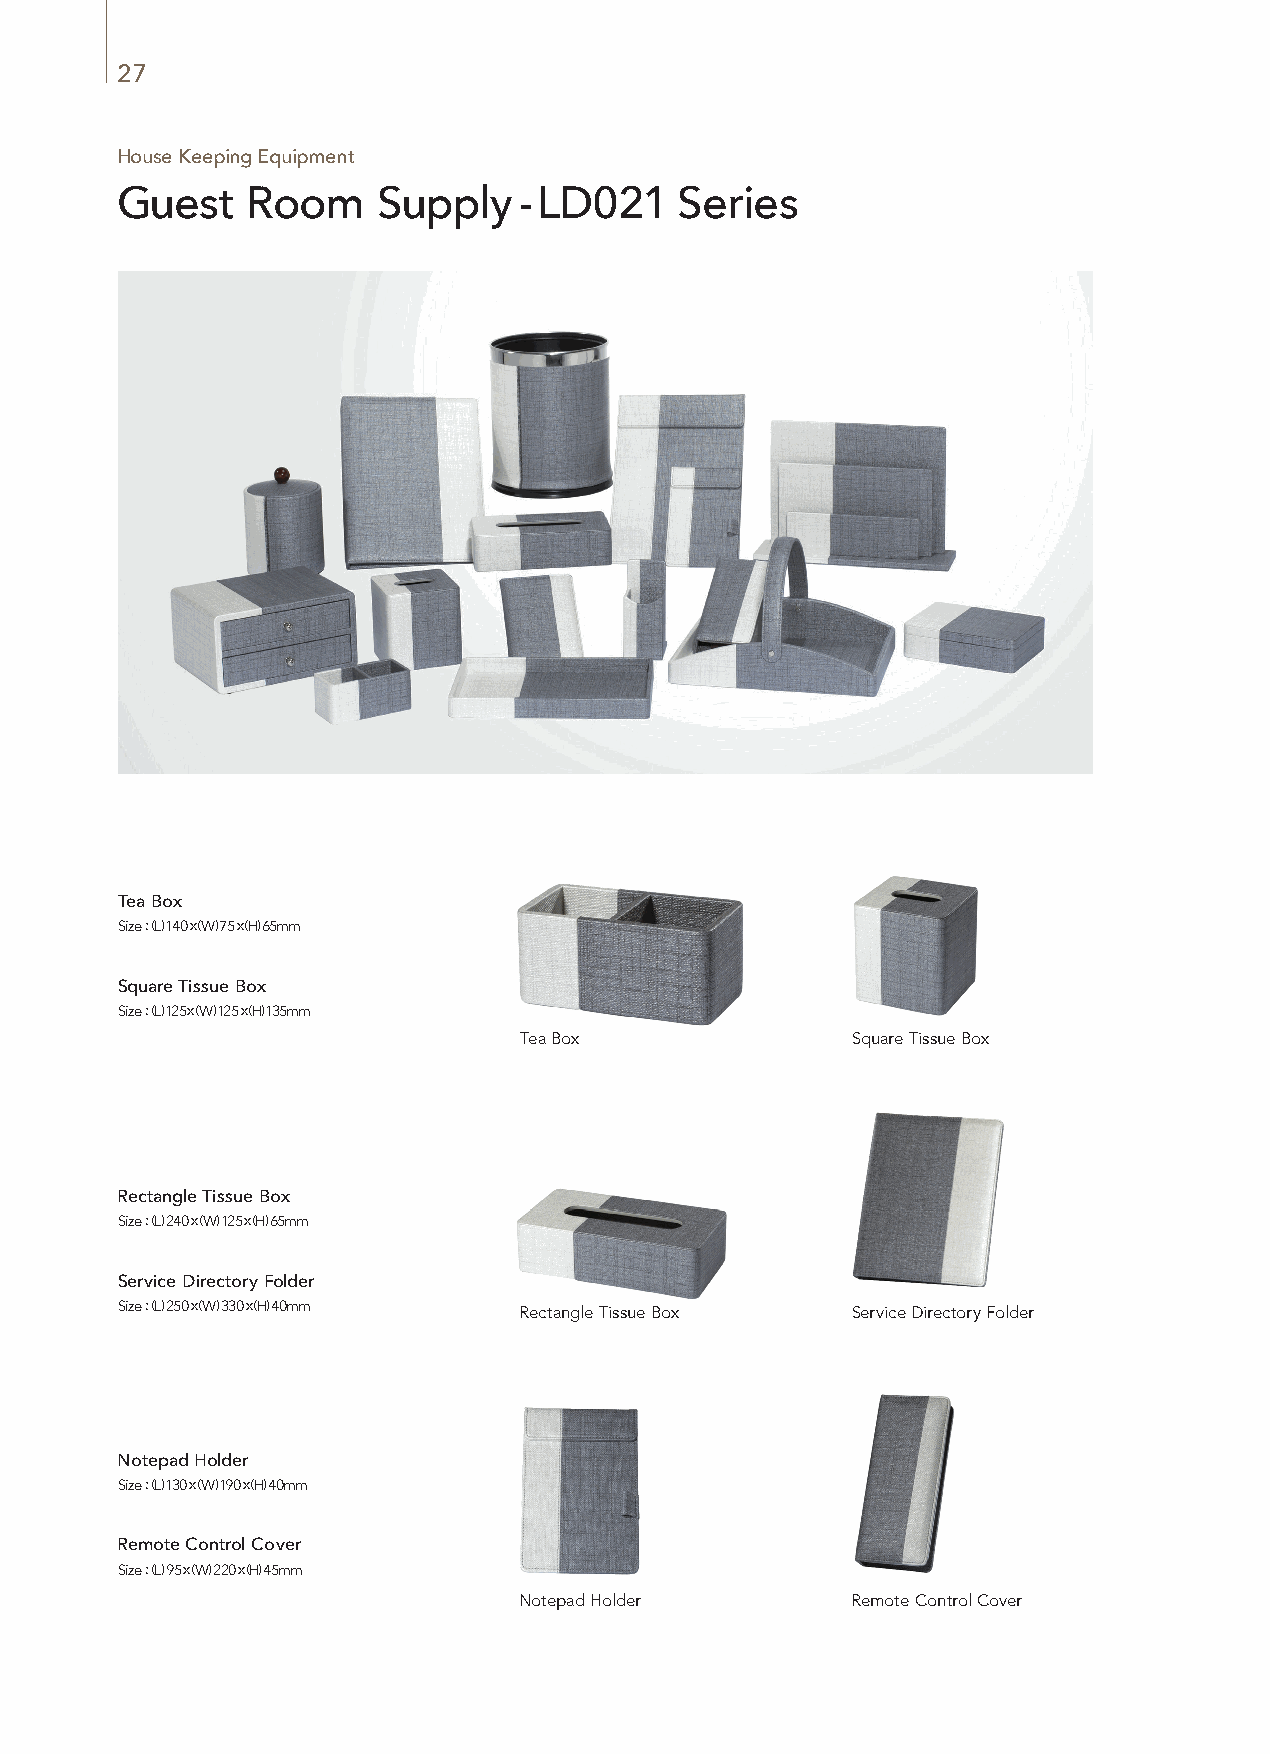
27
 House Keeping Equipment
 Guest   Room     Supply   - LD021    Series
 Tea Box
 Size : (L) 140 x (W) 75 x (H) 65mm
 Square Tissue Box
 Size : (L) 125x (W) 125 x (H) 135mm
 Material : Stainless, Gray Carpet Tea Box       Square Tissue Box
 Rectangle Tissue Box
 Size : (L) 240 x (W) 125 x (H) 65mm
 Service Directory Folder
 Size : (L) 250 x (W) 330 x (H) 40mm Rectangle Tissue Box Service Directory Folder
 Material : Stainless, Gray Carpet
 Notepad Holder
 Size : (L) 130 x (W) 190 x (H) 40mm
 Remote Control Cover
 Size : (L) 95 x (W) 220 x (H) 45mm
 Material : Stainless, Gray Carpet
 Notepad Holder        Remote Control Cover